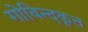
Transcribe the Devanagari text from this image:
गोविन्दकृत